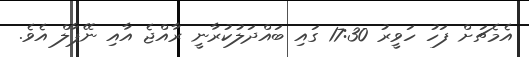
އެމެޗަށް ފަހު ހަވީރު 17:30 ގައި ބައްދަލުކުރާނީ ރާއްޖެ އާއި ނޭޕާލް އެވެ.